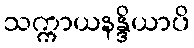
သက္ကာယနန္ဒိယာပိ